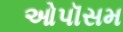
ઓપૉસમ